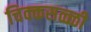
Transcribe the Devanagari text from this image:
चिक्कसळ्ळी